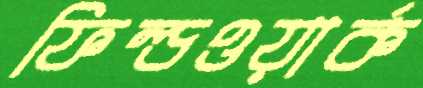
ফিল্ডওয়ার্ক